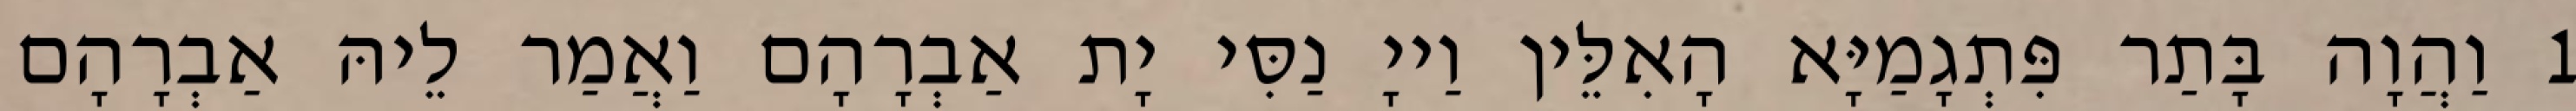
1 וַהֲוָה בָּתַר פִּתְגָמַיָּא הָאִלֵּין וַייָ נַסִּי יָת אַבְרָהָם וַאֲמַר לֵיהּ אַבְרָהָם